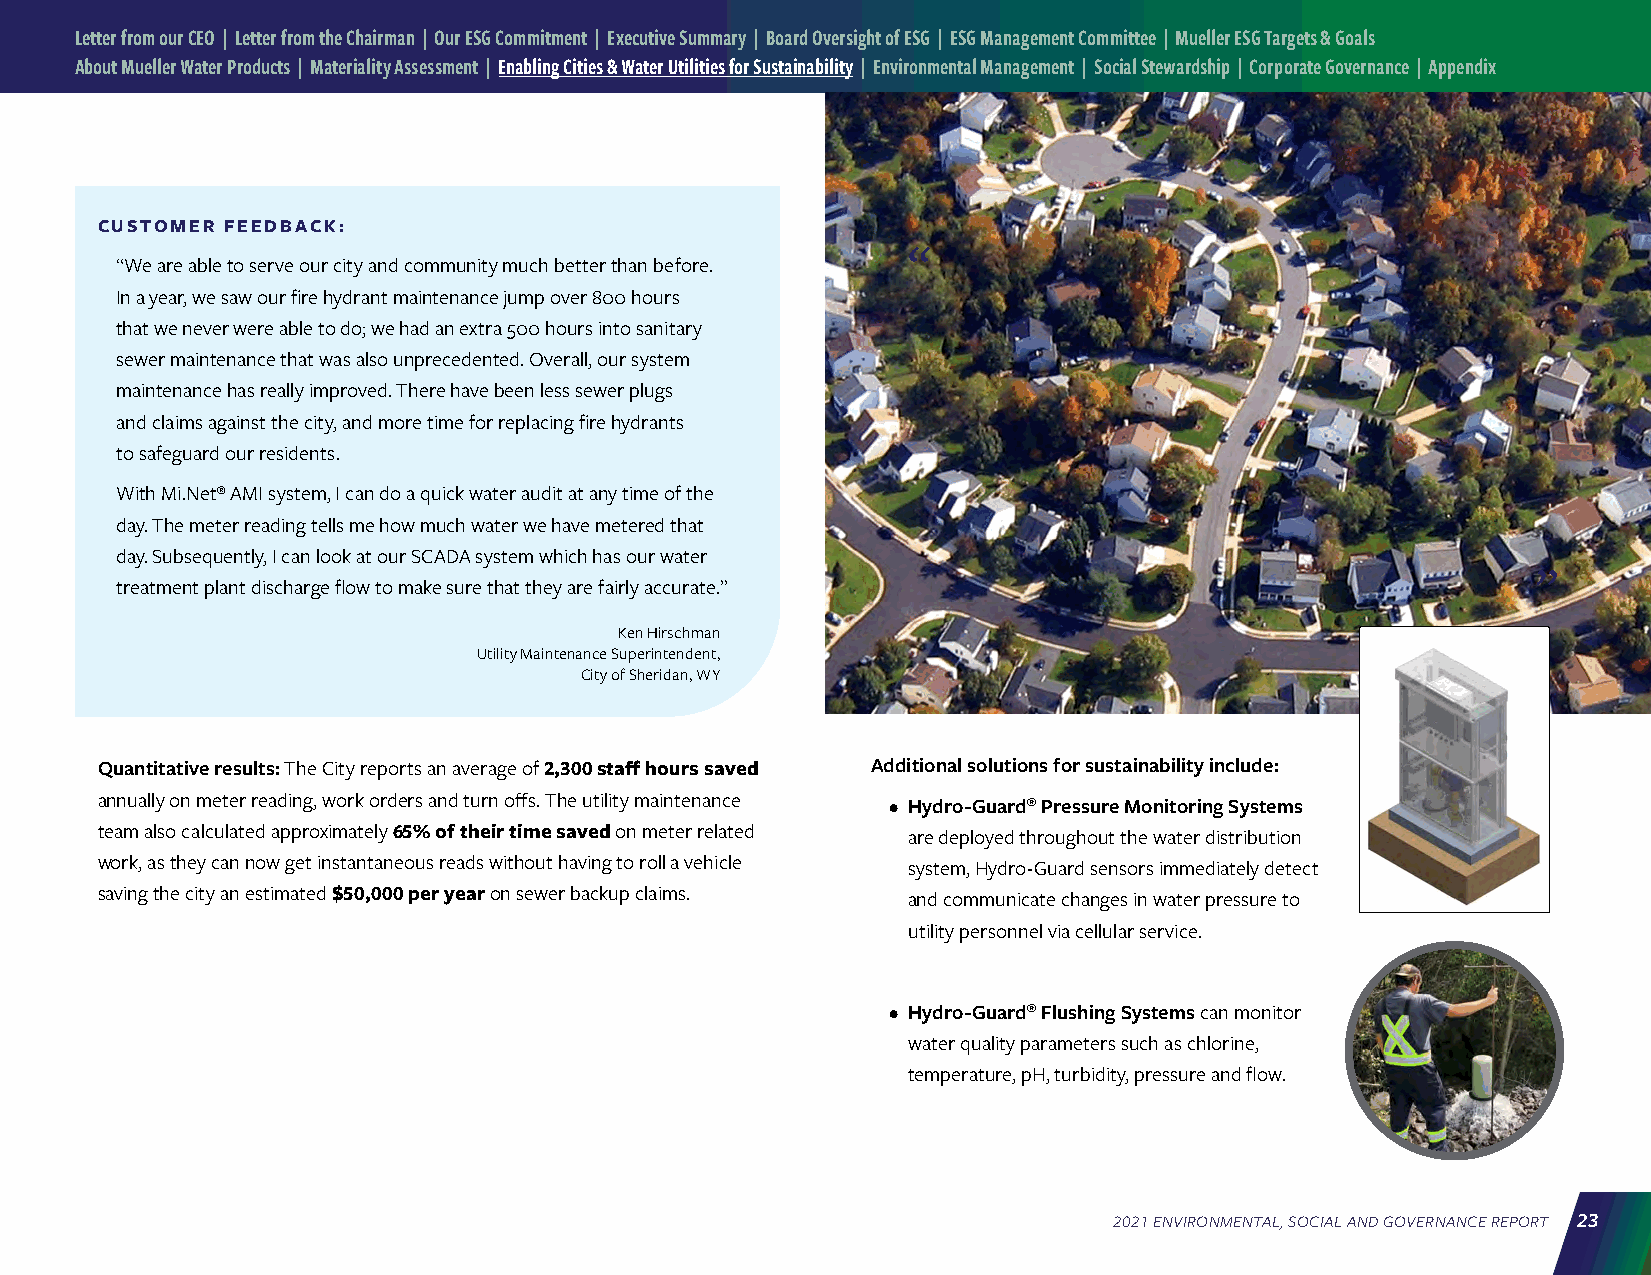
Letter from our CEO | Letter from the Chairman | Our ESG Commitment | Executive Summary | Board Oversight of ESG | ESG Management Committee | Mueller ESG Targets & Goals
 About Mueller Water Products | Materiality Assessment | Enabling Cities & Water Utilities for Sustainability | Environmental Management | Social Stewardship | Corporate Governance | Appendix
 CUSTOMER FEEDBACK:
 “
 “We are able to serve our city and community much better than before.
 In a year, we saw our fire hydrant maintenance jump over 800 hours
 that we never were able to do; we had an extra 500 hours into sanitary
 sewer maintenance that was also unprecedented. Overall, our system
 maintenance has really improved. There have been less sewer plugs
 and claims against the city, and more time for replacing fire hydrants
 to safeguard our residents.
 With Mi.Net® AMI system, I can do a quick water audit at any time of the
 day. The meter reading tells me how much water we have metered that
 day. Subsequently, I can look at our SCADA system which has our water
 ”
 treatment plant discharge flow to make sure that they are fairly accurate.”
 Ken Hirschman
 Utility Maintenance Superintendent,
 City of Sheridan, WY
 Quantitative results: The City reports an average of 2,300 staff hours saved Additional solutions for sustainability include:
 annually on meter reading, work orders and turn offs. The utility maintenance • Hydro-Guard® Pressure Monitoring Systems
 team also calculated approximately 65% of their time saved on meter related are deployed throughout the water distribution
 work, as they can now get instantaneous reads without having to roll a vehicle system, Hydro-Guard sensors immediately detect
 saving the city an estimated $50,000 per year on sewer backup claims. and communicate changes in water pressure to
 utility personnel via cellular service.
 • Hydro-Guard® Flushing Systems can monitor
 water quality parameters such as chlorine,
 temperature, pH, turbidity, pressure and flow.
 2021 ENVIRONMENTAL, SOCIAL AND GOVERNANCE REPORT 23